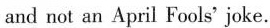
and not an April Fools' joke.